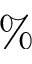
\%